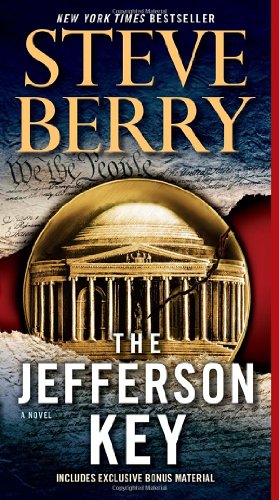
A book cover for The Jefferson Key (with bonus short story The Devil's Gold): A Novel (Cotton Malone); Steve Berry; Science Fiction & Fantasy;